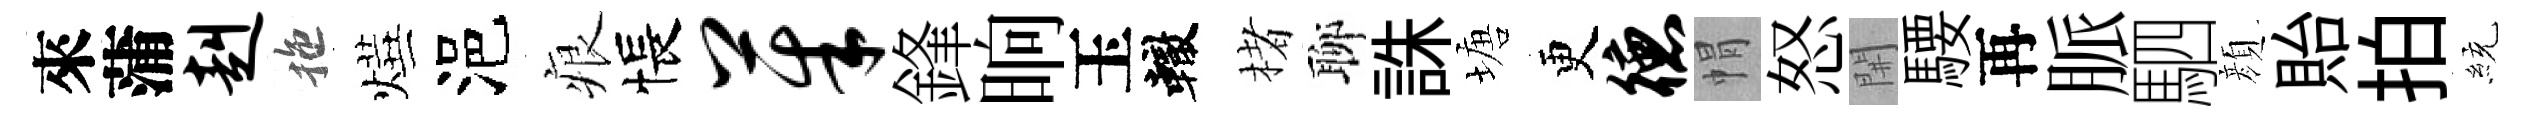
來蒲赳拖燁浥痕悵茱鋒晌玉轍楮聊誅塘更德㡌怒𨳩騕再脈駟顔貽拍統